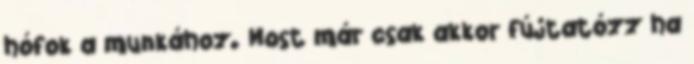
hófok a munkához. Most már csak akkor fújtatózz ha